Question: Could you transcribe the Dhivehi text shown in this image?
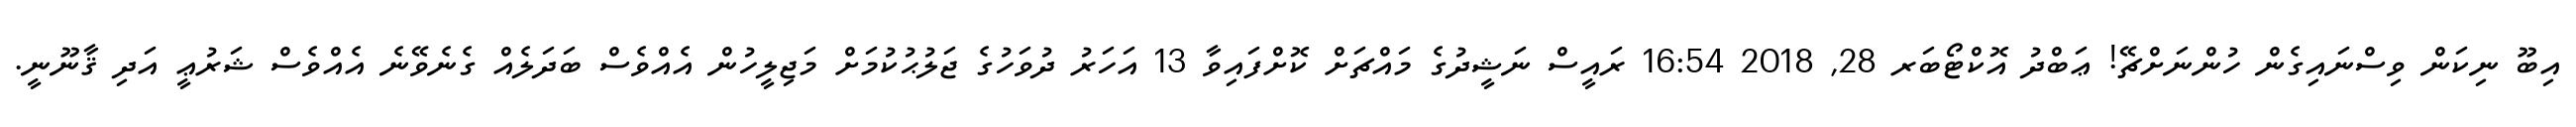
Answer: އިބޫ ނިކަން ވިސްނައިގެން ހުންނަށްޗޭ! ޢަބްދު އޮކްޓޯބަރ 28, 2018 16:54 ރައީސް ނަޝީދުގެ މައްޗަށް ކޮށްފައިވާ 13 އަހަރު ދުވަހުގެ ޖަލުޙުކުމަށް މަޖިލީހުން އެއްވެސް ބަދަލެއް ގެނެވޭނެ އެއްވެސް ޝަރުޢީ އަދި ޤާނޫނީ.